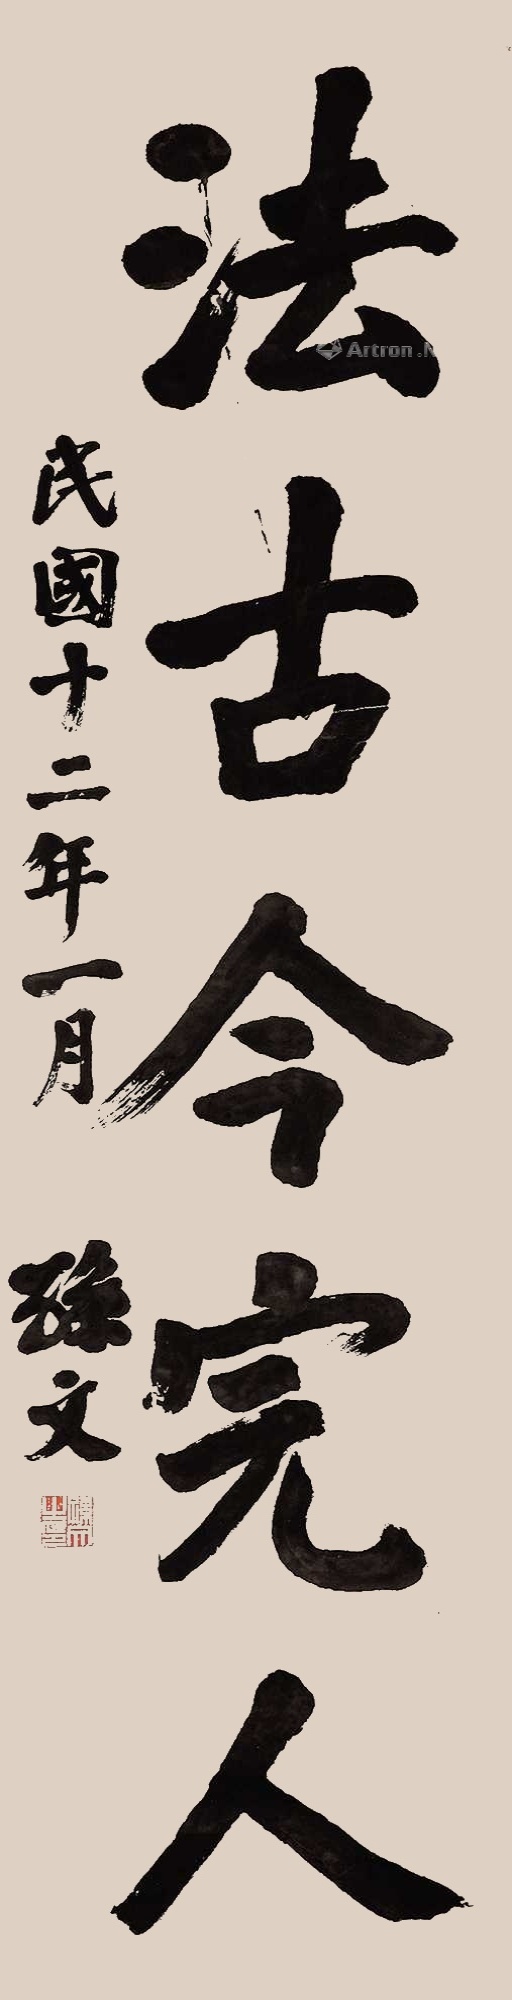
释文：法古今完人。民国十二年一月，孙文。